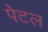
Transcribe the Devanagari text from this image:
पेटल